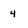
Character: 4